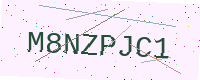
Text: M8NZPJC1